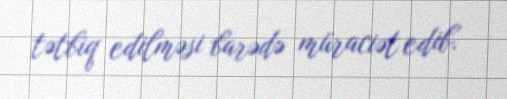
tətbiq edilməsi barədə müraciət edib.